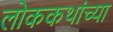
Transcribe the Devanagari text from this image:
लोककथांच्या